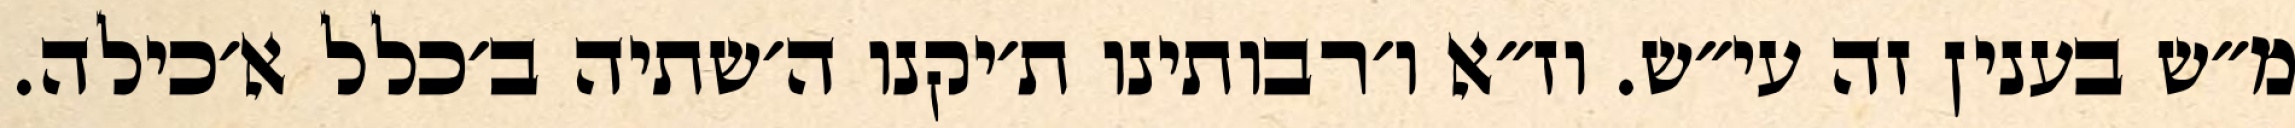
מ״ש בענין זה עי״ש. וז״א ו׳רבותינו ת׳יקנו ה׳שתיה ב׳כלל א׳כילה.